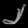
Digit: ၂